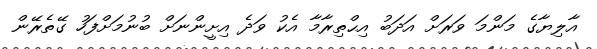
އާލިޔާގެ މަންމަ ވަރަށް އަދަބު އިޙްތިރާމާ އެކު ވަދެ އިށީންނަށް ބުނުމަށްފަހު ގޭތެރޭން